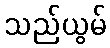
သည်ယွမ်